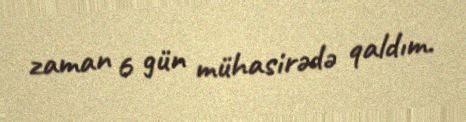
zaman 6 gün mühasirədə qaldım.